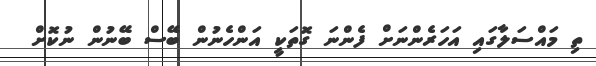
ތި މައްސަލާގައި އަހަރެންނަށް ފެންނަ ގޮތަކީ އަންހެނުން ބޭސް ބޭނުން ނުކޮށް